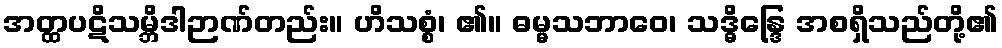
အတ္ထပဋိသမ္ဘိဒါဉာဏ်တည်း။ ဟိသစ္စံ၊ ၏။ ဓမ္မသဘာဝေ၊ သဒ္ဓိန္ဒြေ အစရှိသည်တို့၏